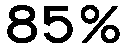
85%